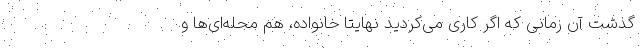
گذشت آن زمانی که اگر کاری می‌کردید نهایتا خانواده، هم محله‌ای‌ها و